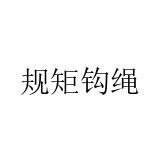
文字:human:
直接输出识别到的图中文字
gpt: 规矩钩绳